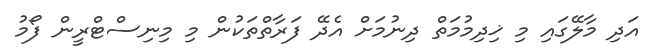
އަދި މާލޭގައި މި ޚިދިމުމަތް ދިނުމަށް އެދޭ ފަރާތްތަކުން މި މިނިސްޓްރީން ފޯމު